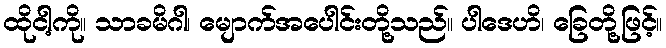
ထိုငါ့ကို။ သာခမိဂါ၊ မျောက်အပေါင်းတို့သည်။ ပါဒေဟိ၊ ခြေတို့ဖြင့်။